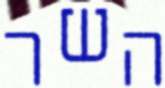
השר